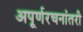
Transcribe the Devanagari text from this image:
अपूर्णरचनांतरी